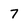
Character: 7